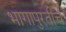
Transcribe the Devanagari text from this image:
भागापुरतीच